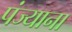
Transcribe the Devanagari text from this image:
पंज्याना